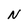
Character: N